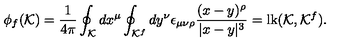
\phi _ { f } ( { \cal K } ) = { \frac { 1 } { 4 \pi } } \oint _ { \cal K } d x ^ { \mu } \oint _ { { \cal K } ^ { f } } d y ^ { \nu } \epsilon _ { \mu \nu \rho } { \frac { ( x - y ) ^ { \rho } } { | x - y | ^ { 3 } } } = \mathrm { l k } ( { \cal K } , { \cal K } ^ { f } ) .